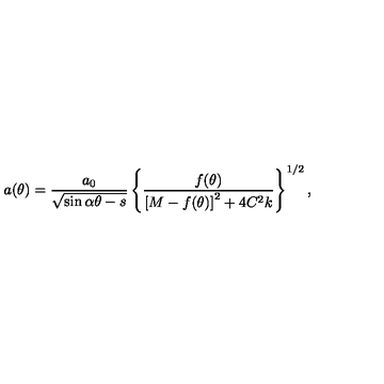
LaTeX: a ( \theta ) = \frac { a _ { 0 } } { \sqrt { \sin \alpha \theta - s } } \left\{ \frac { f ( \theta ) } { \left[ M - f ( \theta ) \right] ^ { 2 } + 4 C ^ { 2 } k } \right\} ^ { 1 / 2 } ,